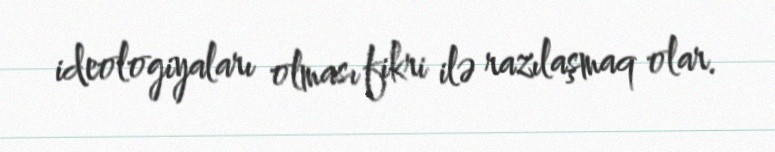
ideologiyaları olması fikri ilə razılaşmaq olar.